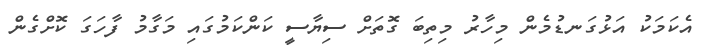
އެކަމަކު އަޅުގަނޑުމެން މިހާރު މިތިބަ ގޮތަށް ސިޔާސީ ކަންކަމުގައި މަގާމު ފާހަގަ ކޮށްގެން